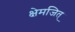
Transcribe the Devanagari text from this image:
क्षेमजित्